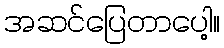
အဆင်ပြေတာပေါ့။